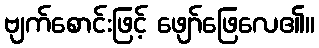
ဗျက်စောင်းဖြင့် ဖျော်ဖြေလေ၏။